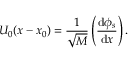
{ \cal U } _ { 0 } ( x - x _ { 0 } ) = { \frac { 1 } { \sqrt M } } \left( { \frac { \mathrm { d } \phi _ { s } } { \mathrm { d } x } } \right) .